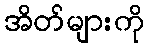
အိတ်များကို